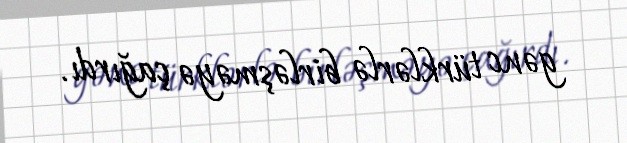
gənc türklərlə birləşməyə çağırdı.